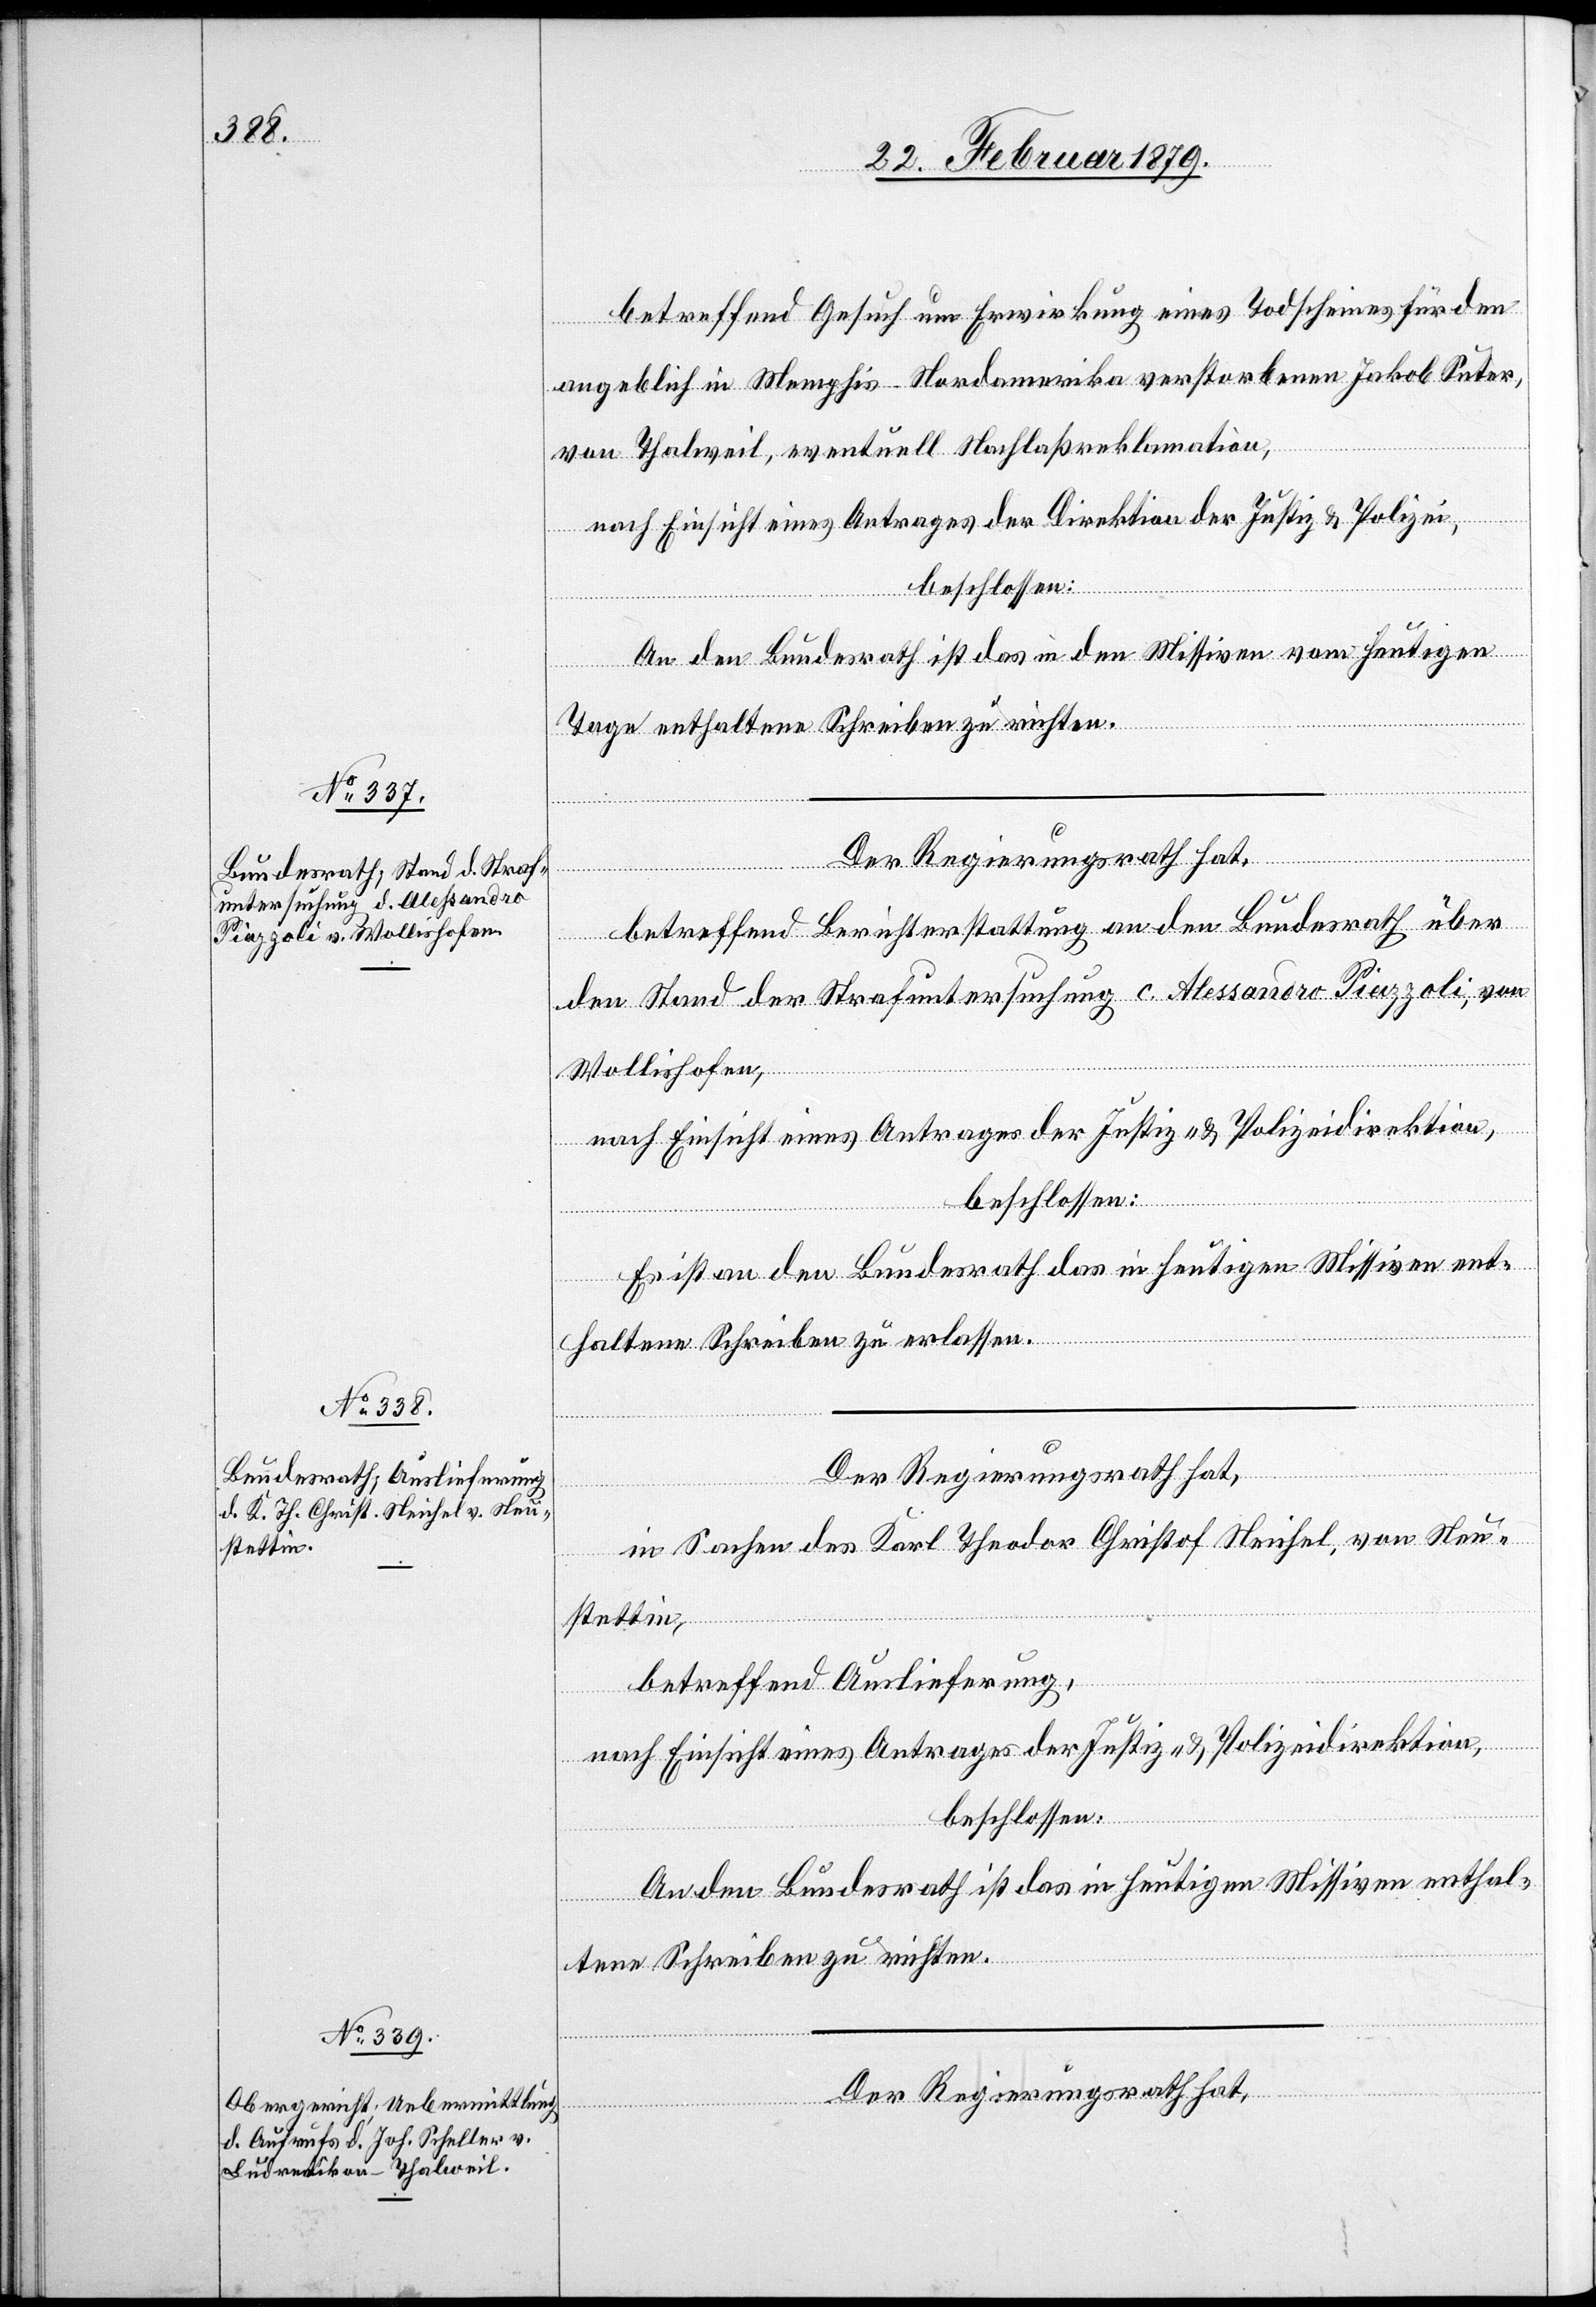
27. Februar 1879.]
betreffend Gesuch um Erwirkung eines Todscheines für den
angeblich in Memphis - Nordamerika verstorbenen Jakob Suter,
von Thalweil, eventuell Nachlaßreklamation,
nach Einsicht eines Antrages der Direktion der Justiz & Polizei,
beschlossen:
An den Bundesrath ist das in den Missiven vom heutigen
Tage enthaltene Schreiben zu richten.
betreffend Berichterstattung an den Bundesrath über
den Stand der Strafuntersuchung c. Alessandro Piazzoli, von
Wollishofen,
nach Einsicht eines Antrages der Justiz- & Polizeidirektion,
beschlossen:
Es ist an den Bundesrath das in heutigen Missiven ent¬
haltene Schreiben zu erlassen.
Der Regierungsrath hat,
in Sachen des Karl Theodor Christof Neichel, von Neu¬
stettin,
betreffend Auslieferung,
nach Einsicht eines Antrages der Justiz- & Polizeidirektion,
beschlossen:
An den Bundesrath ist das in heutigen Missiven enthal¬
tene Schreiben zu richten.
Der Regierungsrath hat,